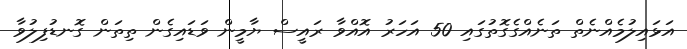
އަޅައިލުމެއްނެތް ތަނެއްގެގޮތުގައި 50 އަހަރު އޮއްވާ ރައީސް ޔާމީން ވަޑައިގެން ތިތަން ގޮނޑުފިލުވާ